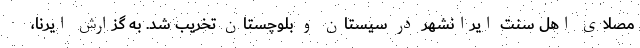
مصلای اهل سنت ایرانشهر در سیستان و بلوچستان تخریب شد. به گزارش ایرنا،